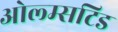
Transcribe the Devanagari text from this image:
ओल्म्सटिड